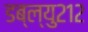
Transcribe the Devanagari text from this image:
डब्ल्यु२१२